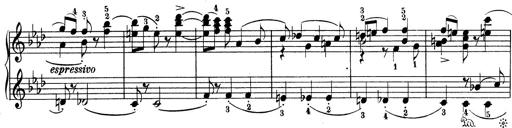
Title: Variationen Ã¼ber das Motiv von Bach
Composer: Franz Liszt